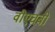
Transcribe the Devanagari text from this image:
वीएचबी